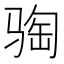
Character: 𫘦